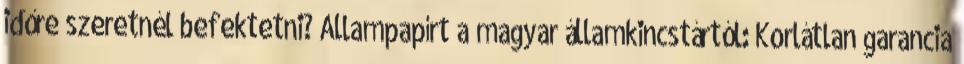
időre szeretnél befektetni? Állampapírt a magyar államkincstártól: Korlátlan garancia